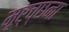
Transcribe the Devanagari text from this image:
मूर्च्छना